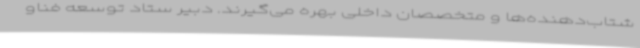
شتاب‌دهنده‌ها و متخصصان داخلی بهره می‌گیرند. دبیر ستاد توسعه فناو